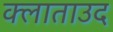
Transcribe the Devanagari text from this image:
क्लाताउद